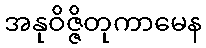
အနုဝိဇ္ဇိတုကာမေန